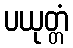
ပယုတ္တံ